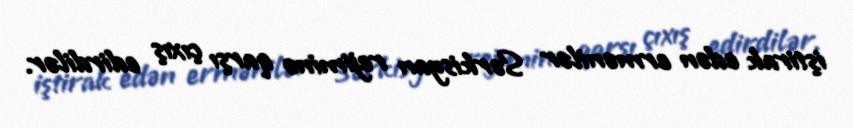
iştirak edən ermənilər Sərkisyan rejiminə qarşı çıxış edirdilər.